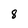
Character: 8